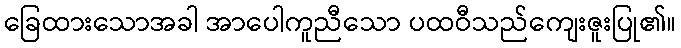
ခြေထားသောအခါ အာပေါကူညီသော ပထဝီသည်ကျေးဇူးပြု၏။